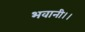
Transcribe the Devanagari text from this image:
भवानी।।